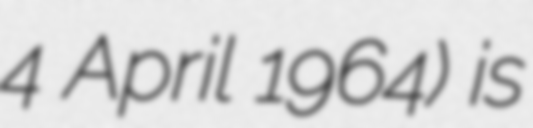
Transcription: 4 April 1964) is